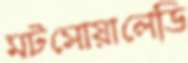
মটসোয়ালেডি